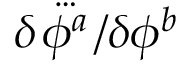
\delta \! \stackrel { { \ldots } } { \phi ^ { a } } \! / \delta \phi ^ { b }